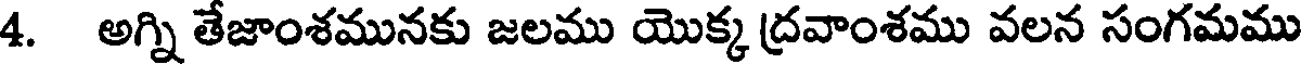
4. అగ్ని తేజాంశమునకు జలము యొక్క ద్రవాంశము వలన సంగమము